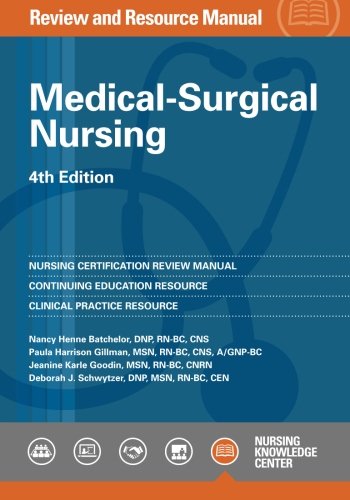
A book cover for Medical-Surgical Nursing Review and Resource Manual, 4th Edition; Nanccy Henne Batchelor; Test Preparation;